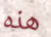
هذه